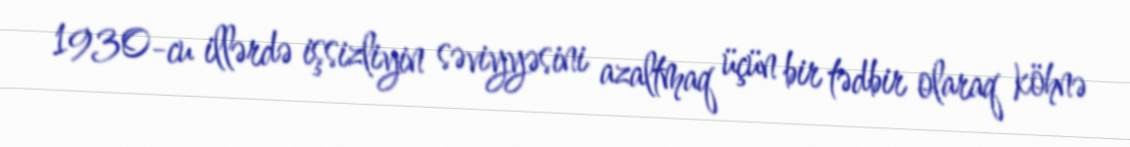
1930-cu illərdə işsizliyin səviyyəsini azaltmaq üçün bir tədbir olaraq köhnə